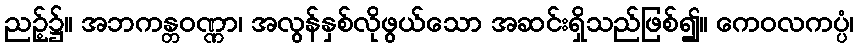
ညဉ့်၌။ အဘကန္တဝဏ္ဏာ၊ အလွန်နှစ်လိုဖွယ်သော အဆင်းရှိသည်ဖြစ်၍။ ကေဝလကပ္ပံ၊